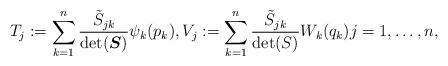
LaTeX: \begin{align*} T_j:=\sum_{k=1}^n\frac{ \tilde{S}_{jk}}{\det (\boldsymbol{S})} \psi_k(p_k) , V_j:=\sum_{k=1}^n\frac{ \tilde{S}_{jk}}{\det (S)} W_k(q_k) j=1,\dots,n ,\end{align*}